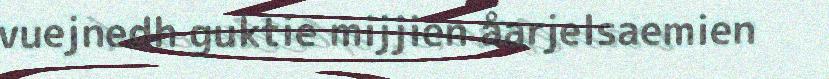
vuejnedh guktie mijjien åarjelsaemien